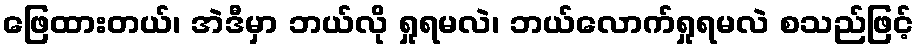
ဖြေထားတယ်၊ အဲဒီမှာ ဘယ်လို ရှုရမလဲ၊ ဘယ်လောက်ရှုရမလဲ စသည်ဖြင့်